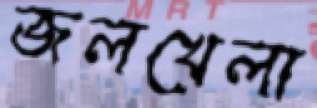
জলখেলা